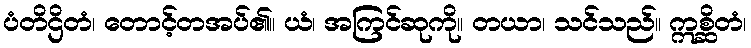
ပံတိဌိတံ၊ တောင့်တအပ်၏။ ယံ၊ အကြင်ဆုကို။ တယာ၊ သင်သည်။ ဣစ္ဆိတံ၊